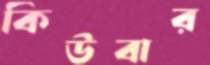
কিউবার